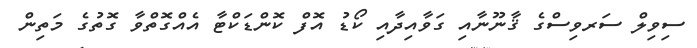
ސިވިލް ސަރވިސްގެ ޤާނޫނާއި ގަވާއިދާއި ކޯޑު އޮފް ކޮންޑަކްޓާ އެއްގޮތްވާ ގޮތުގެ މަތިން